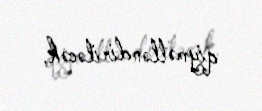
qiymətləndiriləcək.